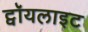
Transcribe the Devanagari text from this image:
ट्वॉयलाइट